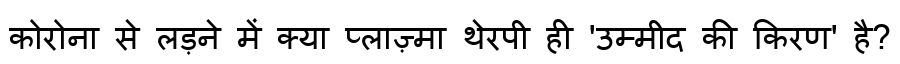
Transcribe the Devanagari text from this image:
कोरोना से लड़ने में क्या प्लाज़्मा थेरपी ही 'उम्मीद की किरण' है?